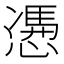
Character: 慿